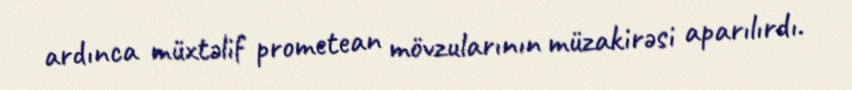
ardınca müxtəlif prometean mövzularının müzakirəsi aparılırdı.